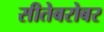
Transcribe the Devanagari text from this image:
सीतेबरोबर